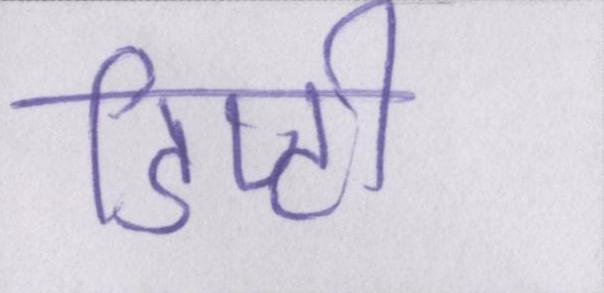
डिप्टी